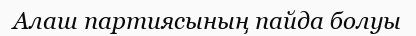
Алаш партиясының пайда болуы